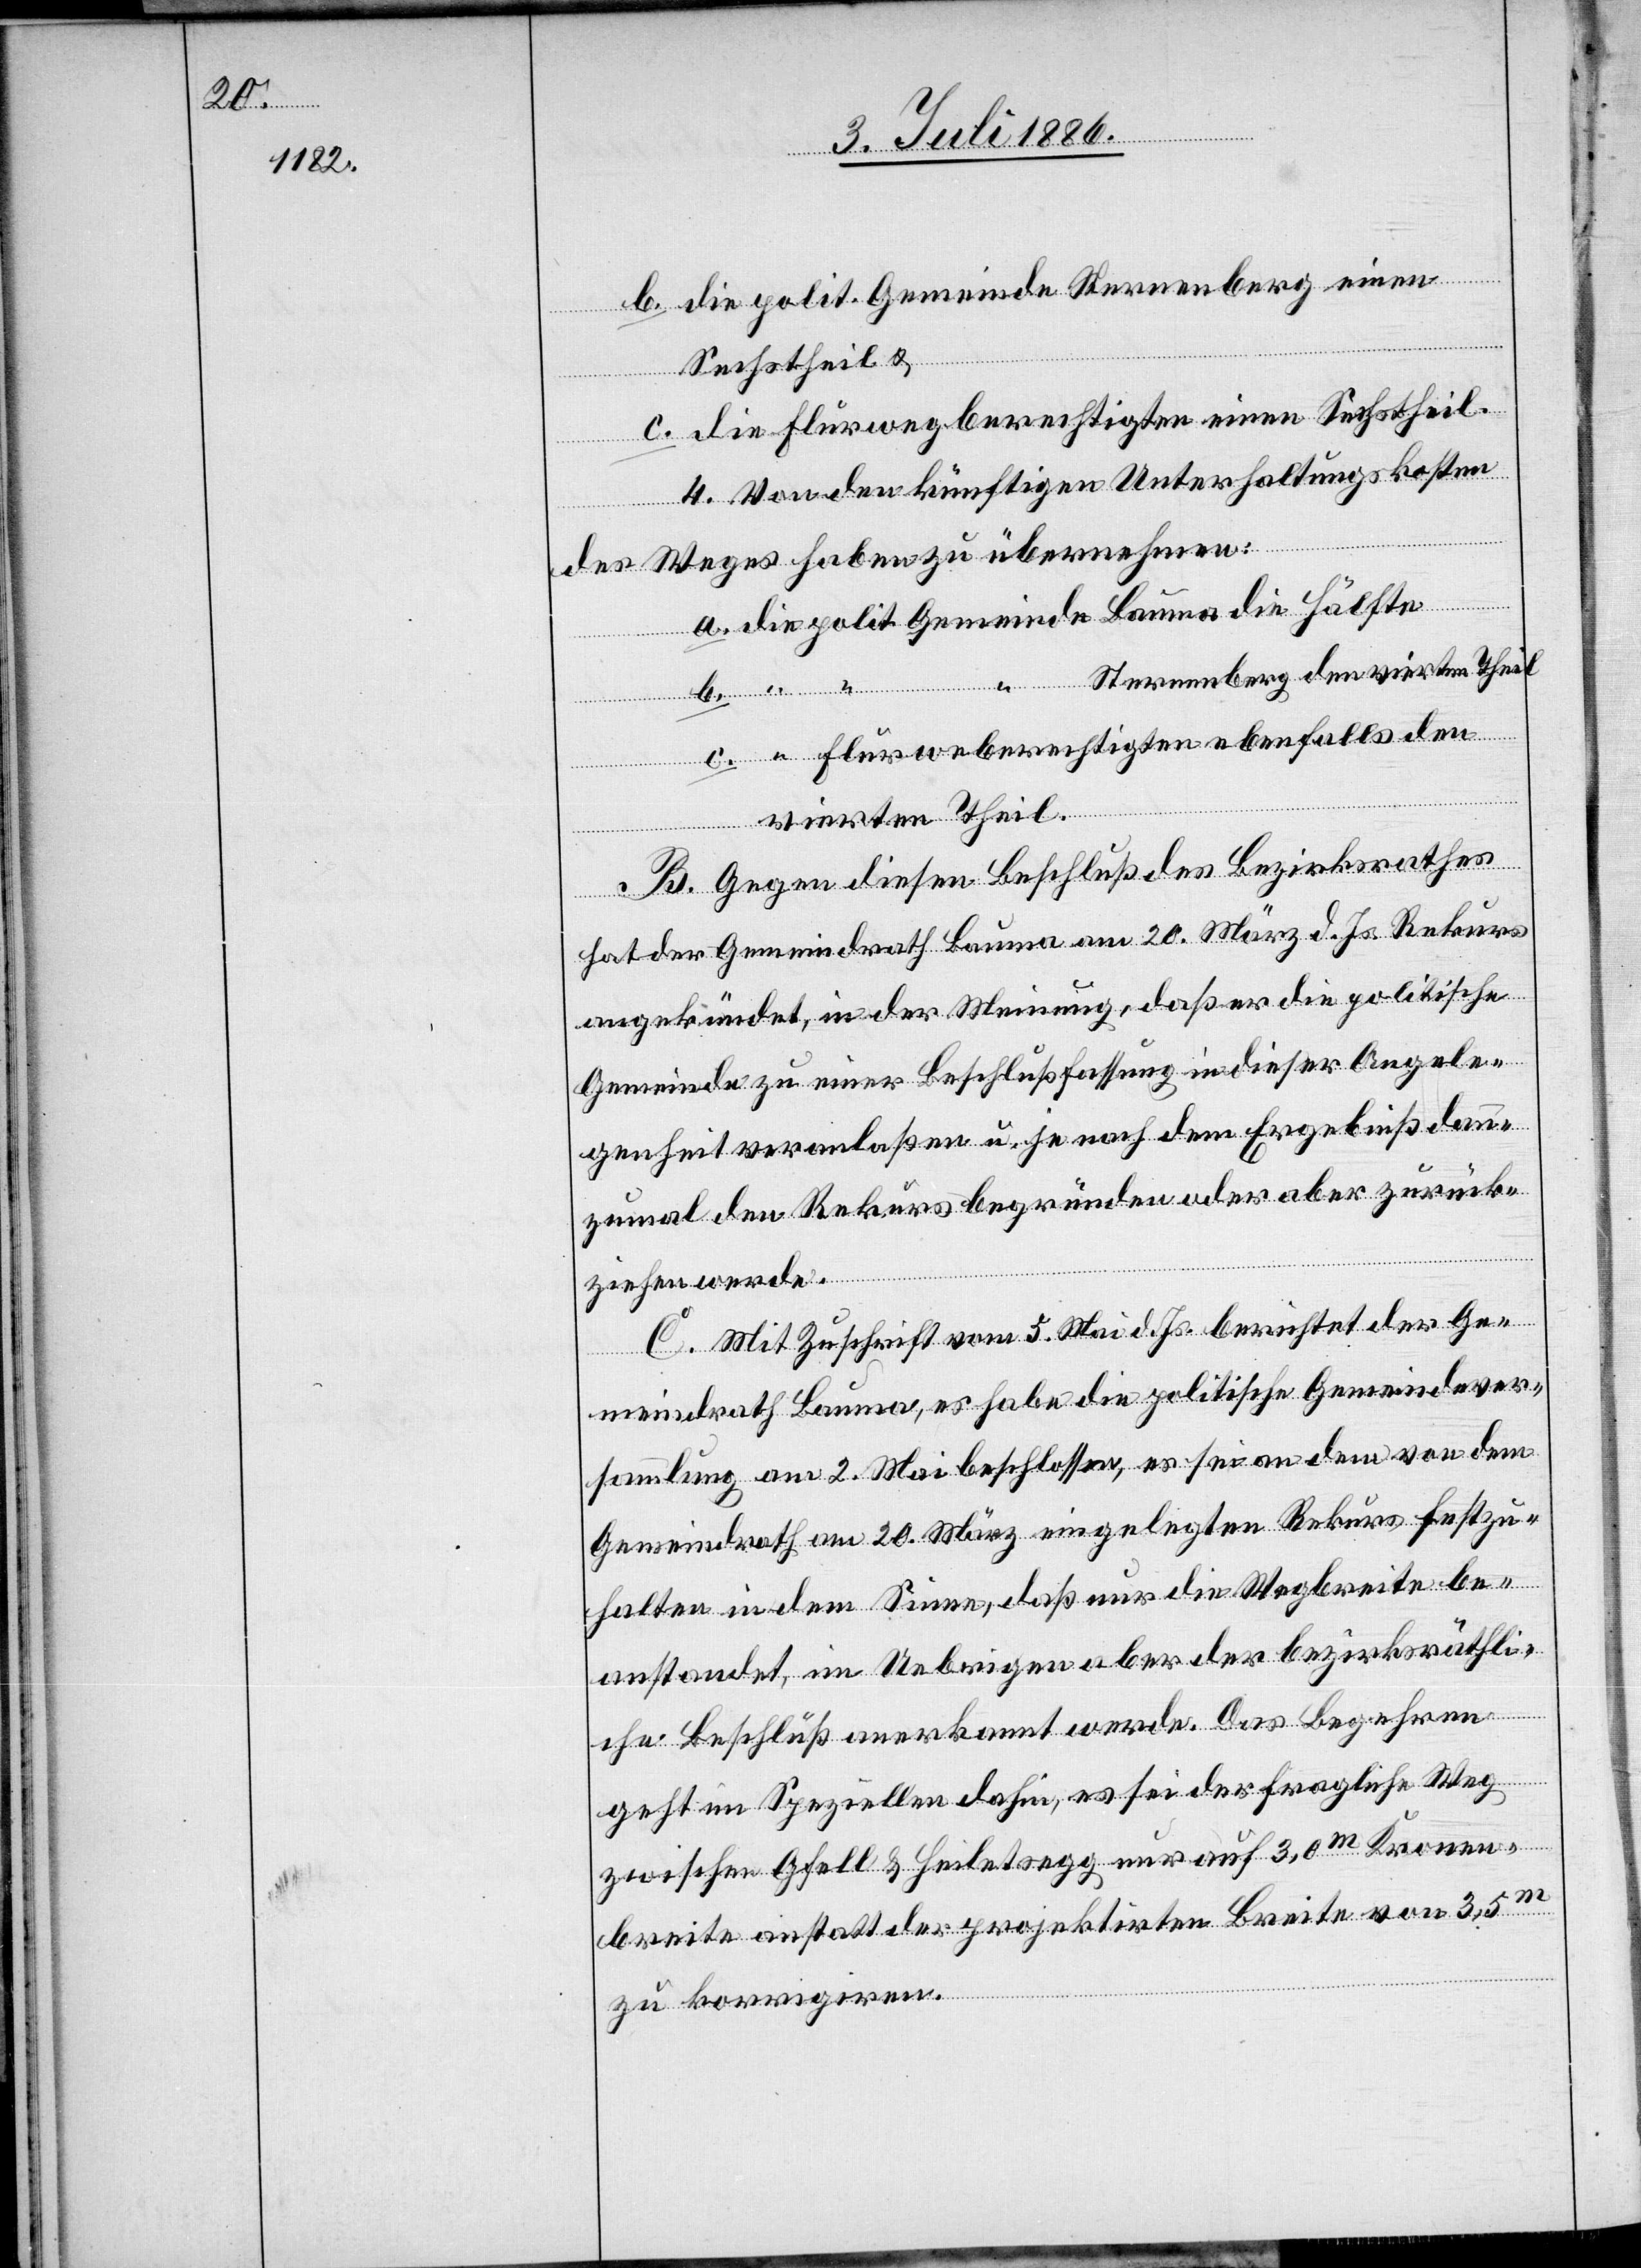
b. die polit. Gemeinde Sternenberg einen
Gemeinde
Sechstheil &
c. die Flurwegberechtigten einen Sechstheil.
4. Von den künftigen Unterhaltungskosten
des Weges haben zu übernehmen:
Sternenberg den vierten Theil
Flurwegberechtigten ebenfalls den
vierten Theil.
B. Gegen diesen Beschluß des Bezirksrathes
hat der Gemeindrath Bauma am 20. März d. Js. Rekurs
angekündet, in der Meinung, daß er die politische
Gemeinde zu einer Beschlußfassung in dieser Angele¬
genheit veranlaßen u. je nach dem Ergebniß dann¬
zumal den Rekurs begründen oder aber zurück¬
ziehen werde.
C. Mit Zuschrift vom 5. Mai d. Js. berichtet der Ge¬
meindrath Bauma, es habe die politische Gemeindever¬
sammlung am 2. Mai beschlossen, es sei an den von dem
Gemeindrath am 20. März eingelegten Rekurs festzu¬
halten in dem Sinne, daß nur die Wegbreite be¬
anstandet, im Uebrigen aber der bezirksräthli¬
che Beschluß anerkannt werde. Das Begehren
die
geht im Speziellen dahin, es sei der fragliche Weg
zwischen Gfell & Heiletsegg nur auf 3,0m Kronen¬
breite anstatt der projektirten Breite von 3,5m
zu korrigiren.